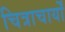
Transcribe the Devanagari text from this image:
चित्राचार्यों